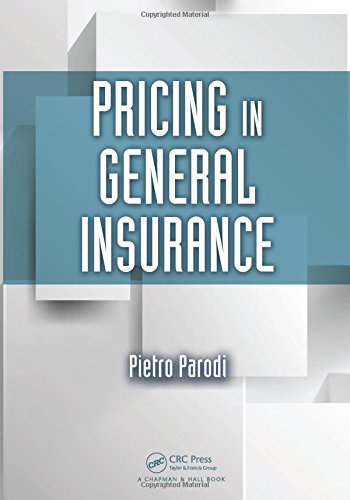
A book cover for Pricing in General Insurance; Pietro Parodi; Business & Money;